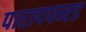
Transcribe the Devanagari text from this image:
पारापपनड